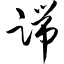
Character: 踹